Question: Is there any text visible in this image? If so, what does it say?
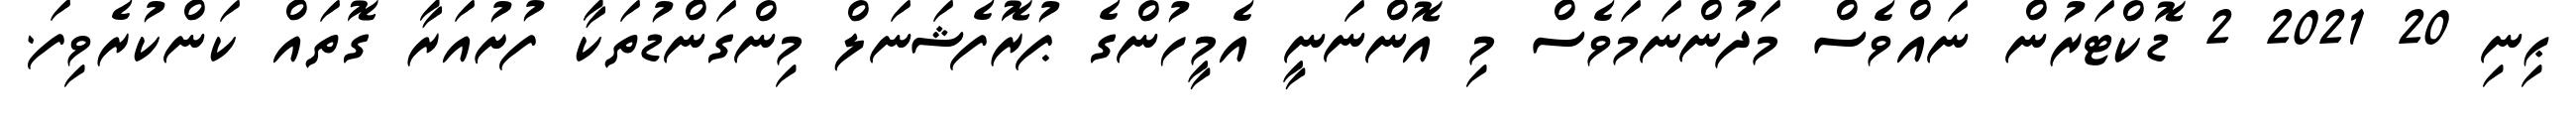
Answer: ޙިނި 20 2021 2 ޑޮކްޓަރުން ނައްވެސް މަދުންނަމަވެސް މި އޮންނަނީ އެމީހުންގެ ޕުރޮފެޝަނަލް މިންގަންޑުތަކާ ފުށުއަރާ ގޮތައް ކަންކުރެވިފަ.